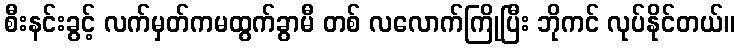
စီးနင်းခွင့် လက်မှတ်ကမထွက်ခွာမီ တစ် လလောက်ကြိုပြီး ဘိုကင် လုပ်နိုင်တယ်။